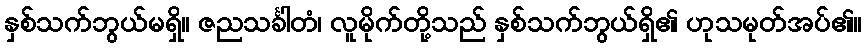
နှစ်သက်ဘွယ်မရှိ။ ဇညသင်္ခါတံ၊ လူမိုက်တို့သည် နှစ်သက်ဘွယ်ရှိ၏ ဟုသမုတ်အပ်၏။